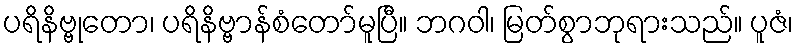
ပရိနိဗ္ဗုတော၊ ပရိနိဗ္ဗာန်စံတော်မူပြီ။ ဘဂဝါ၊ မြတ်စွာဘုရားသည်။ ပူဇံ၊